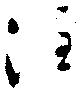
注